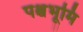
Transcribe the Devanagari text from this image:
पश्चभूमि